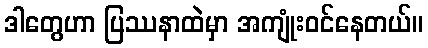
ဒါတွေဟာ ပြဿနာထဲမှာ အကျုံးဝင်နေတယ်။